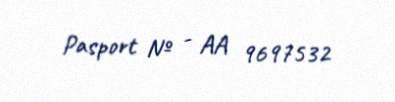
Pasport № - AA 9697532